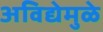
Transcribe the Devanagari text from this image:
अविद्येमुळे